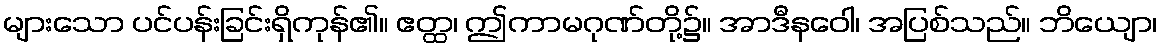
များသော ပင်ပန်းခြင်းရှိကုန်၏။ ဧတ္ထ၊ ဤကာမဂုဏ်တို့၌။ အာဒီနဝေါ၊ အပြစ်သည်။ ဘိယျော၊